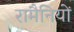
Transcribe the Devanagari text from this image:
रामैनियों